Punjab Mental Hospital Lahore 1932-46 - 1932-1946
Year: 1932
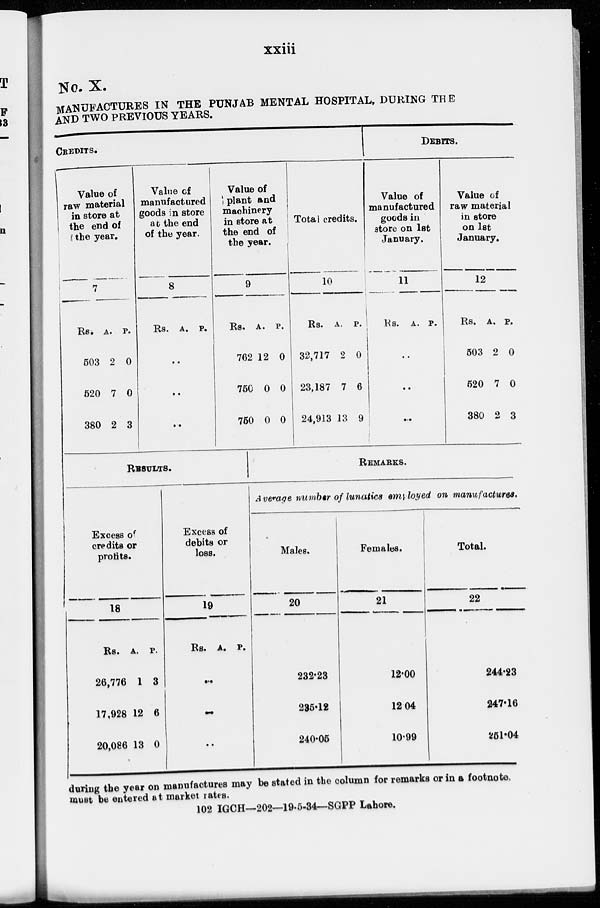
xxiii
No- X.
MANUFACTURES IN THE PUNJAB MENTAL HOSPITAL, DURING THE
AND TWO PREVIOUS YEARS.
CREDITS.
Value of
raw material
in store at
the end of
the year.
7
Rs.
503
520
380
A.
2
7
2
P.
0
0
3
Value of
manufactured
goods in store
at the end
of the year.
8
Rs. A. P.
..
..
..
Value of
plant and
machinery
in store at
the end of
the year.
9
Rs.
762
750
750
A.
12
0
0
P.
0
0
0
Total credits.
10
Rs.
32,717
23,187
24,913
A.
2
7
13
P.
0
6
9
DEBITS.
Value of
manufactured
goods in
store on 1st
January.
11
Rs. A. P.
..
..
..
Value of
raw material
in store
on 1st
January.
12
Rs.
503
520
380
A.
2
7
2
P.
0
0
3
RESULTS.
Excess of
credits or
profits.
18
Rs.
26,776
17,928
20,086
A.
1
12
13
P.
3
6
0
Excess of
debits or
loss.
19
Rs. A. P.
..
..
..
REMARKS.
Average number of lunatics employed on manufactures.
Males.
20
232.23
235.12
240.05
Females.
21
12.00
12.04
10.99
Total.
22
244.23
247.16
251.04
during the year on manufactures may be stated in the column for remarks or in a footnote.
must be entered at market rates.
102 IGCH—202—19.5-34—SGPP Lahore.